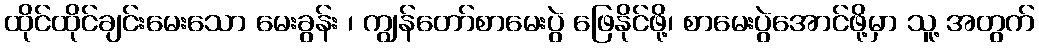
ထိုင်ထိုင်ချင်းမေးသော မေးခွန်း ၊ ကျွန်တော်စာမေးပွဲ ဖြေနိုင်ဖို့၊ စာမေးပွဲအောင်ဖို့မှာ သူ့ အတွက်